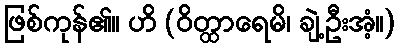
ဖြစ်ကုန်၏။ ဟိ (ဝိတ္ထာရေမိ၊ ချဲ့ဦးအံ့။)